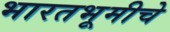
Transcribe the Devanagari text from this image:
भारतभूमीचे